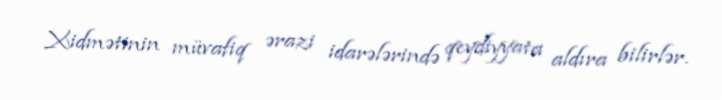
Xidmətinin müvafiq ərazi idarələrində qeydiyyata aldıra bilirlər.